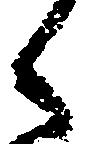
之